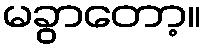
မခွာတော့။